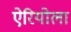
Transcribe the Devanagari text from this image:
ऐरियोला